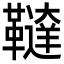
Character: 𩍠